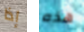
إذا هذه